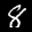
Label: 8